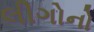
લીગોનો